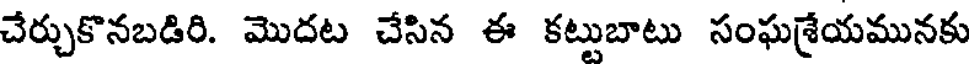
చేర్చుకొనబడిరి. మొదట చేసిన ఈ కట్టుబాటు సంఘశ్రేయమునకు